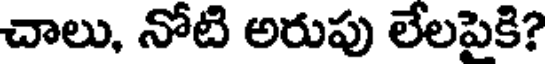
చాలు, నోటి అరుపు లేలపైకి?